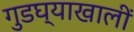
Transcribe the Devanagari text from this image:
गुडघ्याखालीं